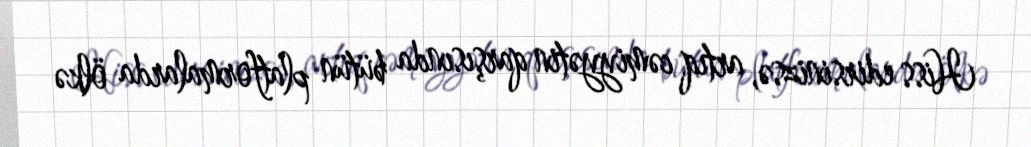
Hiss edirsinizsə, artıq cəmiyyətin qarşısında bütün platformalarda ölkə